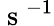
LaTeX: \mathrm{~s~}^{-1}